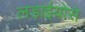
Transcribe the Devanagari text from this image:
लड़ाईयोंसे